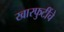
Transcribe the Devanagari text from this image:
खारफुटींचे